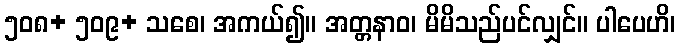
၅၀၈+ ၅၀၉+ သစေ၊ အကယ်၍။ အတ္တနာဝ၊ မိမိသည်ပင်လျှင်။ ပါပေဟိ၊